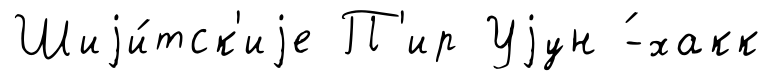
Шиjи́тск'иjе П'ир Уjун ́-хакк